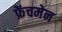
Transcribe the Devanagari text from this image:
फ्रेंचमेन